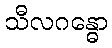
သီလဂန္ဓော